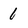
Character: 1